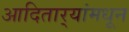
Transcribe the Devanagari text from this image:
आदितार्‍यांमधून